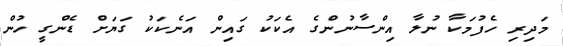
މަދިރި ހެފުމަކާ ނުލާ އިންސާނުންގެ އެކަކު ގައިން އަނެކަކު ގަޔަށް ޑެންގީ ހުން